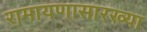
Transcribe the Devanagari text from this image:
रामायणासारख्या